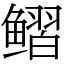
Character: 鳛